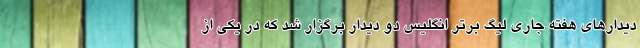
دیدار‌های هفته جاری لیگ برتر انگلیس دو دیدار برگزار شد که در یکی از